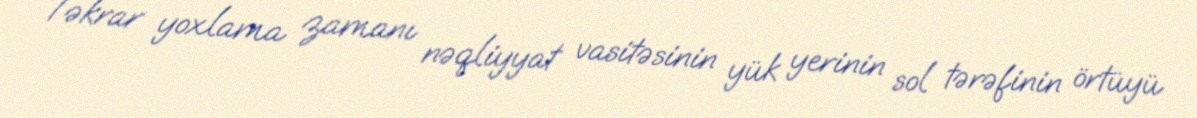
Təkrar yoxlama zamanı nəqliyyat vasitəsinin yük yerinin sol tərəfinin örtüyü